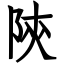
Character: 陝